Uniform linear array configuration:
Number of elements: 48
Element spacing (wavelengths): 0.75
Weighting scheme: exponential
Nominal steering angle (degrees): -15
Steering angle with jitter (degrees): -16.507
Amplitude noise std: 0.05
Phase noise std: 0.05

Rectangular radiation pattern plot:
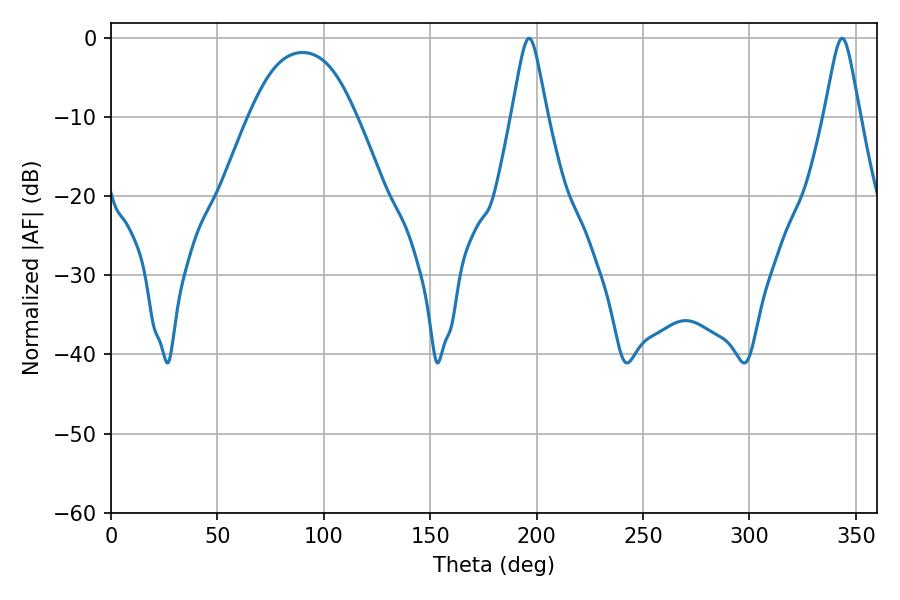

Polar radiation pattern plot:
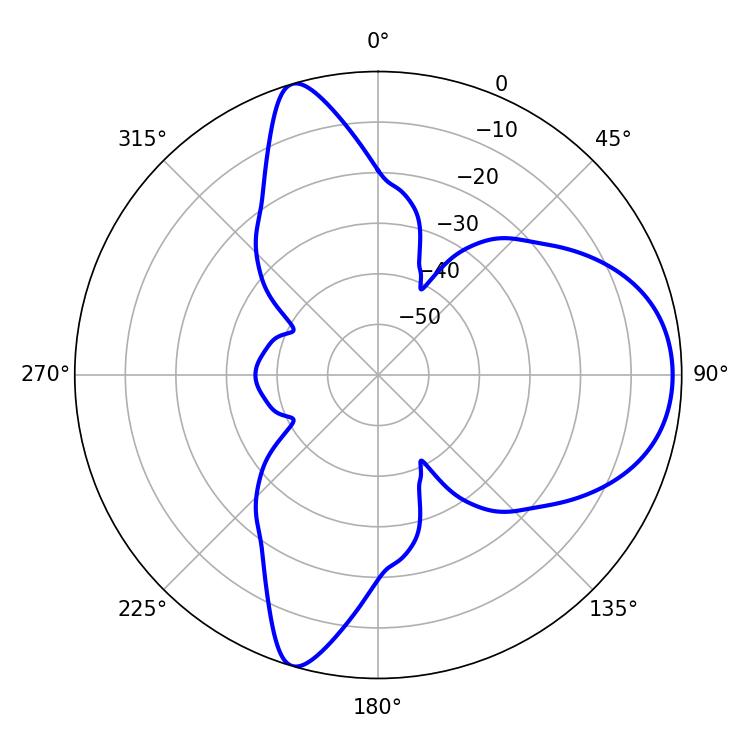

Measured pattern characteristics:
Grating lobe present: TRUE
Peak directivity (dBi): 8.409
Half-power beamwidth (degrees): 7.74
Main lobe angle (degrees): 196.38